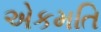
એકમતિ